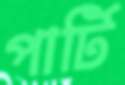
পার্টি